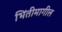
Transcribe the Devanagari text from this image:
भिंतीमागील